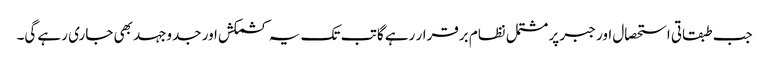
جب طبقاتی استحصال اور جبر پر مشتمل نظام برقرار رہے گا تب تک یہ کشمکش اور جدوجہد بھی جاری رہے گی۔